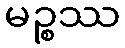
မဉ္စဿ